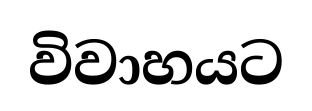
විවාහයට